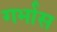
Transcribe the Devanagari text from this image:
गर्भास